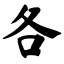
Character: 各